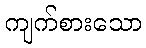
ကျက်စားသော